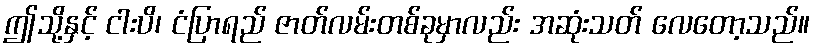
ဤသို့နှင့် ငါးပိ၊ ငံပြာရည် ဇာတ်လမ်းတစ်ခုမှာလည်း အဆုံးသတ် လေတော့သည်။